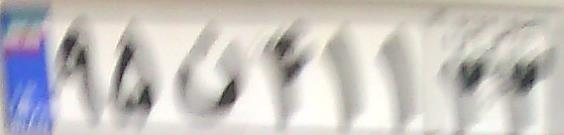
۹۵ن۴۱۱۳۳